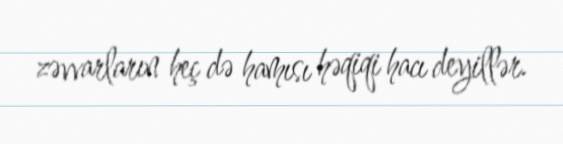
zəvvarların heç də hamısı həqiqi hacı deyillər.